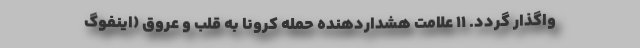
واگذار گردد. 11 علامت هشداردهنده حمله کرونا به قلب و عروق (اینفوگ